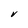
Character: V